Scottish Leaving Certificate Examination, 1957
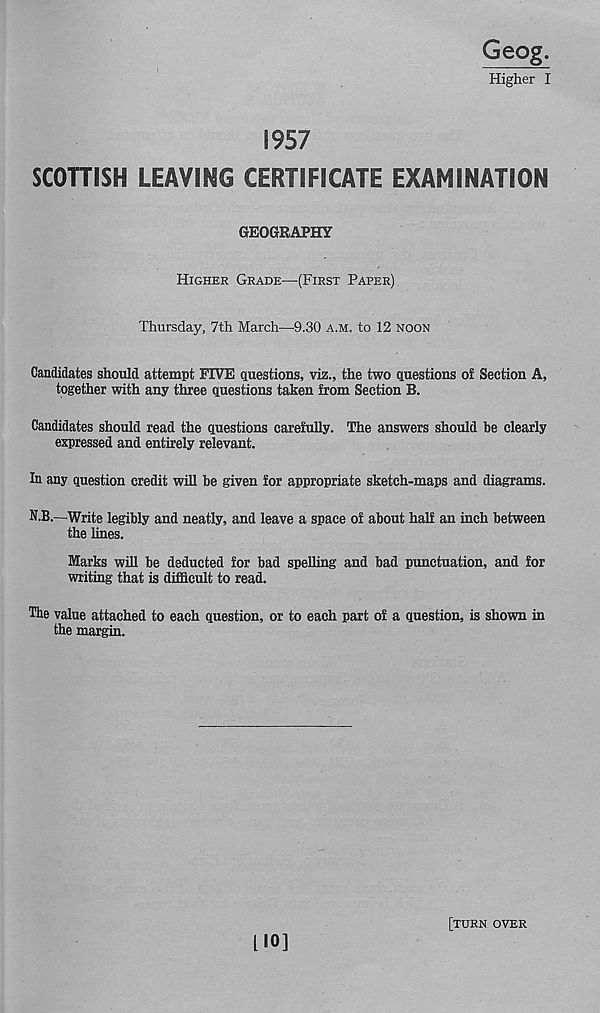
1957
SCOTTISH LEAVING CERTIFICATE EXAMINATION
GEOGRAPHY
Higher Grade—(First Paper)
Thursday, 7th March—9.30 a.m. to 12 noon
Candidates should attempt FIVE questions, viz., the two questions of Section A,
together with any three questions taken from Section B.
Candidates should read the questions carefully. The answers should be clearly
expressed and entirely relevant.
In any question credit will be given for appropriate sketch-maps and diagrams.
N.B.—Write legibly and neatly, and leave a space of about half an inch between
the lines.
Marks will be deducted for bad spelling and bad punctuation, and for
writing that is difficult to read.
The value attached to each question, or to each part of a question, is shown in
the margin.